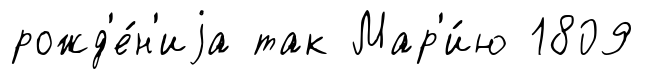
рожд'е́н'иjа так Мар'и́ю 1809